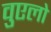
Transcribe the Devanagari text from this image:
वुएलो